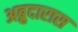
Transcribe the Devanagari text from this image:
अब्रुदारास